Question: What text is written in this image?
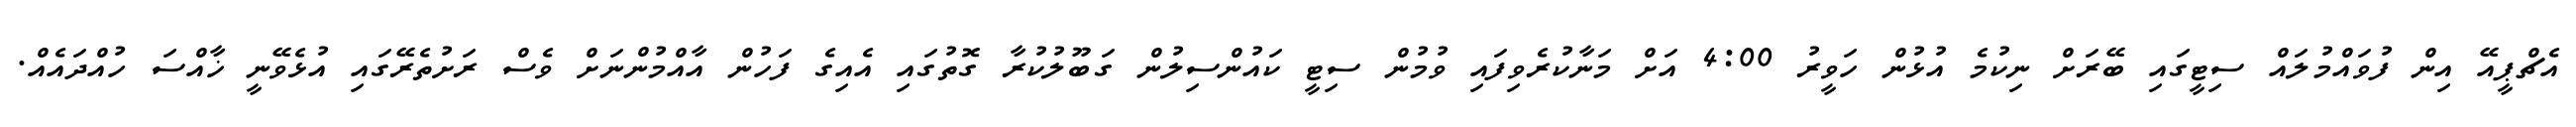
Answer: އެޗްޕީއޭ އިން ފުވައްމުލައް ސިޓީގައި ބޭރަށް ނިކުމެ އުޅުން ހަވީރު 4:00 އަށް މަނާކުރެވިފައި ވުމުން ސިޓީ ކައުންސިލުން ގަބޫލުކުރާ ގޮތުގައި އެއިގެ ފަހުން އާއްމުންނަށް ވެސް ރަށުތެރޭގައި އުޅެވޭނީ ޚާއްސަ ހުއްދައެއް.